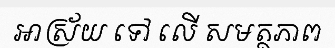
អាស្រ័យ ទៅ លើ សមត្ថភាព